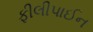
ફીલીપાઈન